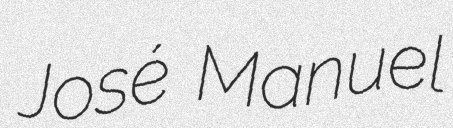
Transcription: José Manuel